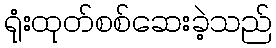
ရုံးထုတ်စစ်ဆေးခဲ့သည်